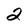
Character: 2